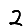
Digit: 2